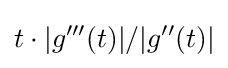
t\cdot |g'''(t)|/|g''(t)|